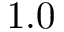
1 . 0